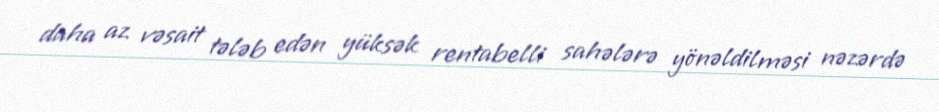
daha az vəsait tələb edən yüksək rentabelli sahələrə yönəldilməsi nəzərdə